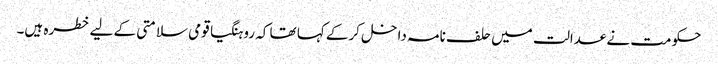
حکومت نے عدالت میں حلف نامہ داخل کرکے کہا تھا کہ روہنگیا قومی سلامتی کے لیے خطرہ ہیں۔